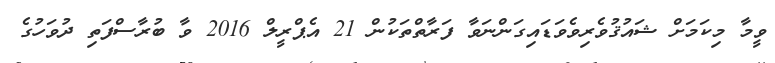
ވީމާ މިކަމަށް ޝައުޤުވެރިވެވަޑައިގަންނަވާ ފަރާތްތަކުން 21 އެޕްރީލް 2016 ވާ ބުރާސްފަތި ދުވަހުގެ